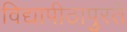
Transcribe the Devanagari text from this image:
विद्यापीठापुरते